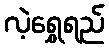
လဲ့ရွှေရည်